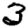
Digit: 3